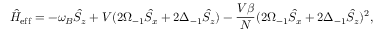
\hat { H } _ { \mathrm { e f f } } = - \omega _ { B } \hat { S } _ { z } + V ( 2 \Omega _ { - 1 } \hat { S } _ { x } + 2 \Delta _ { - 1 } \hat { S } _ { z } ) - \frac { V \beta } { N } ( 2 \Omega _ { - 1 } \hat { S } _ { x } + 2 \Delta _ { - 1 } \hat { S } _ { z } ) ^ { 2 } ,